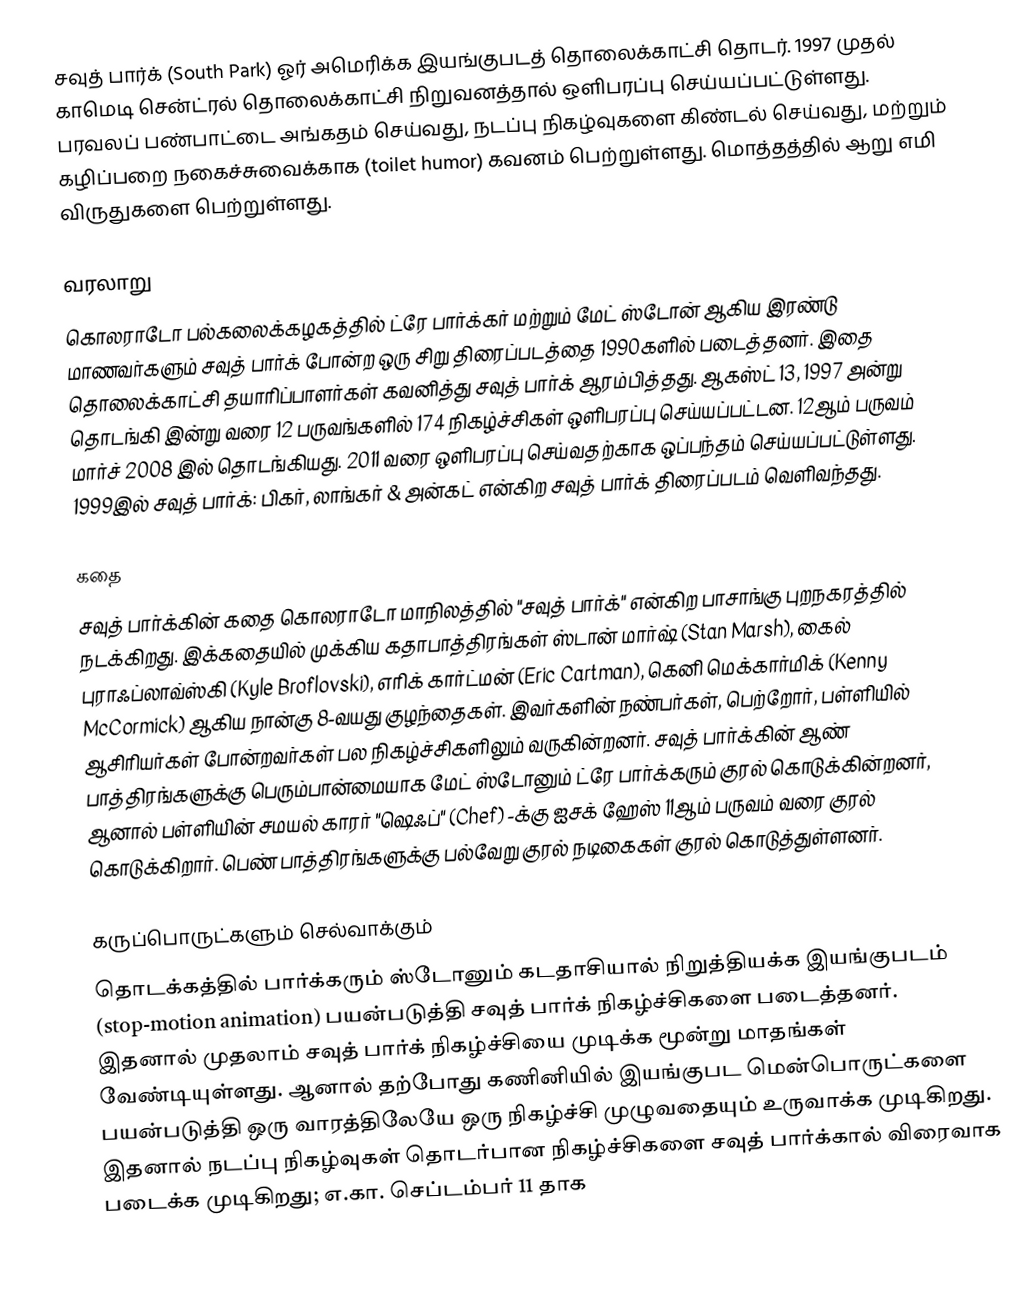
சவுத் பார்க் (South Park) ஓர் அமெரிக்க இயங்குபடத் தொலைக்காட்சி தொடர். 1997 முதல் காமெடி சென்ட்ரல் தொலைக்காட்சி நிறுவனத்தால் ஒளிபரப்பு செய்யப்பட்டுள்ளது. பரவலப் பண்பாட்டை அங்கதம் செய்வது, நடப்பு நிகழ்வுகளை கிண்டல் செய்வது, மற்றும் கழிப்பறை நகைச்சுவைக்காக (toilet humor) கவனம் பெற்றுள்ளது. மொத்தத்தில் ஆறு எமி விருதுகளை பெற்றுள்ளது.

வரலாறு
கொலராடோ பல்கலைக்கழகத்தில் ட்ரே பார்க்கர் மற்றும் மேட் ஸ்டோன் ஆகிய இரண்டு மாணவர்களும் சவுத் பார்க் போன்ற ஒரு சிறு திரைப்படத்தை 1990களில் படைத்தனர். இதை தொலைக்காட்சி தயாரிப்பாளர்கள் கவனித்து சவுத் பார்க் ஆரம்பித்தது. ஆகஸ்ட் 13, 1997 அன்று தொடங்கி இன்று வரை 12 பருவங்களில் 174 நிகழ்ச்சிகள் ஒளிபரப்பு செய்யப்பட்டன. 12ஆம் பருவம் மார்ச் 2008 இல் தொடங்கியது. 2011 வரை ஒளிபரப்பு செய்வதற்காக ஒப்பந்தம் செய்யப்பட்டுள்ளது. 1999இல் சவுத் பார்க்: பிகர், லாங்கர் & அன்கட் என்கிற சவுத் பார்க் திரைப்படம் வெளிவந்தது.

கதை
சவுத் பார்க்கின் கதை கொலராடோ மாநிலத்தில் "சவுத் பார்க்" என்கிற பாசாங்கு புறநகரத்தில் நடக்கிறது. இக்கதையில் முக்கிய கதாபாத்திரங்கள் ஸ்டான் மார்ஷ் (Stan Marsh), கைல் புராஃப்லாவ்ஸ்கி (Kyle Broflovski), எரிக் கார்ட்மன் (Eric Cartman), கெனி மெக்கார்மிக் (Kenny McCormick) ஆகிய நான்கு 8-வயது குழந்தைகள். இவர்களின் நண்பர்கள், பெற்றோர், பள்ளியில் ஆசிரியர்கள் போன்றவர்கள் பல நிகழ்ச்சிகளிலும் வருகின்றனர். சவுத் பார்க்கின் ஆண் பாத்திரங்களுக்கு பெரும்பான்மையாக மேட் ஸ்டோனும் ட்ரே பார்க்கரும் குரல் கொடுக்கின்றனர், ஆனால் பள்ளியின் சமயல் காரர் "ஷெஃப்" (Chef) -க்கு ஐசக் ஹேஸ் 11ஆம் பருவம் வரை குரல் கொடுக்கிறார். பெண் பாத்திரங்களுக்கு பல்வேறு குரல் நடிகைகள் குரல் கொடுத்துள்ளனர்.

கருப்பொருட்களும் செல்வாக்கும்
தொடக்கத்தில் பார்க்கரும் ஸ்டோனும் கடதாசியால் நிறுத்தியக்க இயங்குபடம் (stop-motion animation) பயன்படுத்தி சவுத் பார்க் நிகழ்ச்சிகளை படைத்தனர். இதனால் முதலாம் சவுத் பார்க் நிகழ்ச்சியை முடிக்க மூன்று மாதங்கள் வேண்டியுள்ளது. ஆனால் தற்போது கணினியில் இயங்குபட மென்பொருட்களை பயன்படுத்தி ஒரு வாரத்திலேயே ஒரு நிகழ்ச்சி முழுவதையும் உருவாக்க முடிகிறது. இதனால் நடப்பு நிகழ்வுகள் தொடர்பான நிகழ்ச்சிகளை சவுத் பார்க்கால் விரைவாக படைக்க முடிகிறது; எ.கா. செப்டம்பர் 11 தாக